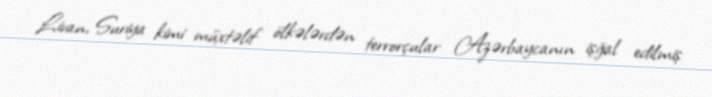
Livan, Suriya kimi müxtəlif ölkələrdən terrorçular Azərbaycanın işğal edilmiş